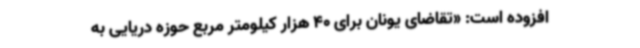
افزوده است: «تقاضای یونان برای 40 هزار کیلومتر مربع حوزه دریایی به